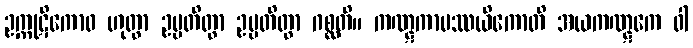
ဥက္ကုဋိကောဝ ဟုတွာ ဥပ္ပတိတွာ ဥပ္ပတိတွာ ဂစ္ဆတိ။ ကဏ္ဋကာပဿယိကောတိ အယကဏ္ဋကေ ဝါ